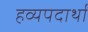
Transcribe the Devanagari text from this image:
हव्यपदार्थों